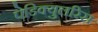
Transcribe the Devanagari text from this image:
पेडिक्युलरिस